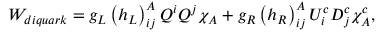
W _ { d i q u a r k } = g _ { L } \left( h _ { L } \right) _ { i j } ^ { A } Q ^ { i } Q ^ { j } \chi _ { A } + g _ { R } \left( h _ { R } \right) _ { i j } ^ { A } U _ { i } ^ { c } D _ { j } ^ { c } \chi _ { A } ^ { c } ,